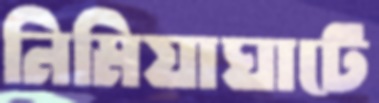
নিমিয়াঘাটে